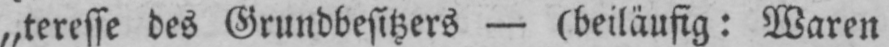
„teresse des Grundbesitzers - (beiläufig: Waren